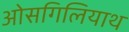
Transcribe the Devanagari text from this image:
ओसगिलियाथ